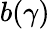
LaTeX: b(\gamma)